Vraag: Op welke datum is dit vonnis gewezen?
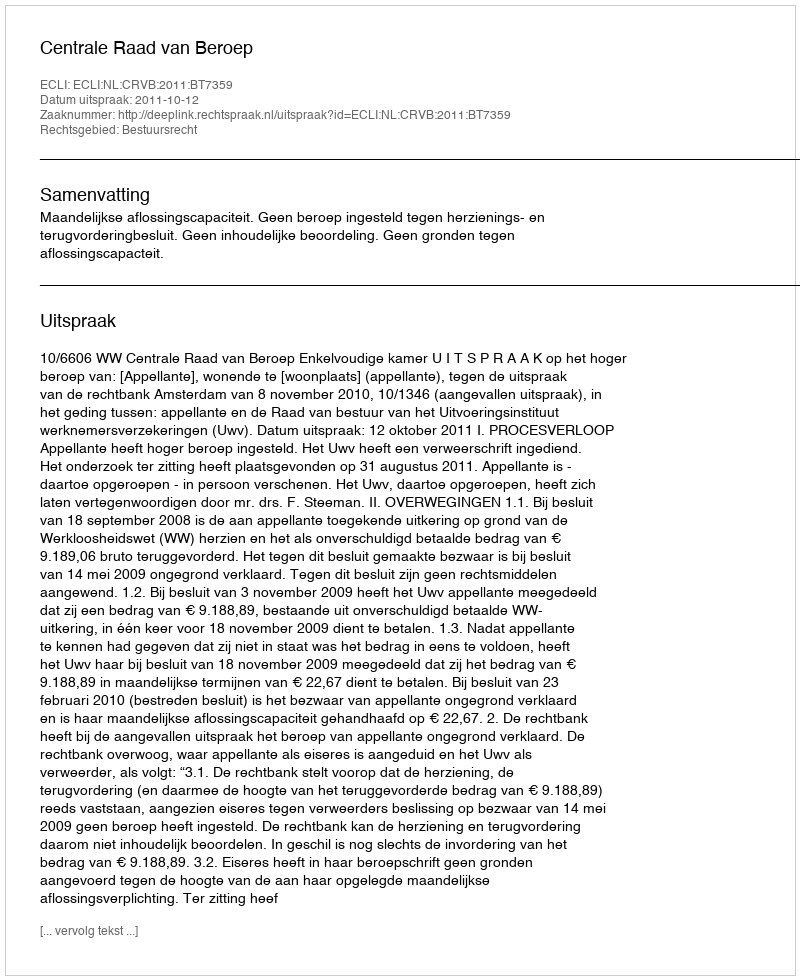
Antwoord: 2011-10-12